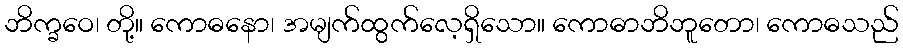
ဘိက္ခဝေ၊ တို့။ ကောဓနော၊ အမျက်ထွက်လေ့ရှိသော။ ကောဓာဘိဘူတော၊ ကောဓသည်